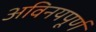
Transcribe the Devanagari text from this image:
अविनयपूर्ण